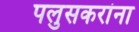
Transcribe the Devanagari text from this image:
पलुसकरांना